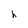
Character: h